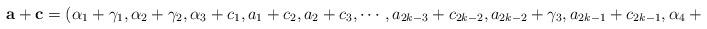
LaTeX: \begin{align*}\mathbf{a}+\mathbf{c}=(\alpha_1+\gamma_1,\alpha_2+\gamma_2,\alpha_3+c_1,a_1+c_2,a_2+c_3,\cdots,a_{2k-3}+c_{2k-2},a_{2k-2}+\gamma_3,a_{2k-1}+c_{2k-1},\alpha_4+\gamma_4),\end{align*}